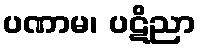
ပဏာမ၊ ပဋိညာ